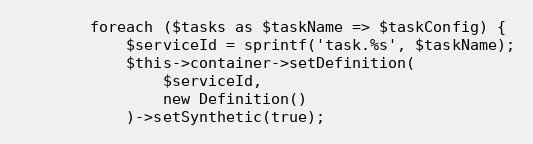
Language: PHP
        foreach ($tasks as $taskName => $taskConfig) {
            $serviceId = sprintf('task.%s', $taskName);
            $this->container->setDefinition(
                $serviceId,
                new Definition()
            )->setSynthetic(true);